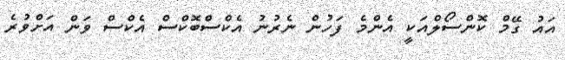
އައު ގޭމް ކޮންސޯލްއަކީ އެންމެ ފަހުން ނެރުނު އެކްސްބޮކްސް އެކްސް ވަން އަށްވުރެ